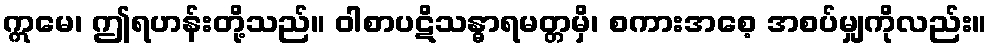
ဣမေ၊ ဤရဟန်းတို့သည်။ ဝါစာပဋိသန္ဓာရမတ္တမှိ၊ စကားအစေ့ အစပ်မျှကိုလည်း။